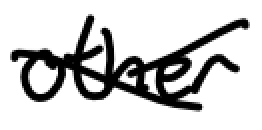
Text: other
Cross-out: mix
Writing tool: digital_black